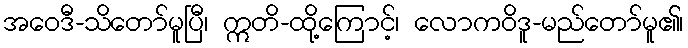
အဝေဒီ-သိတော်မူပြီ၊ ဣတိ-ထို့ကြောင့်၊ လောကဝိဒူ-မည်တော်မူ၏၊